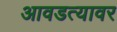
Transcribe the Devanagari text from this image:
आवडत्यावर